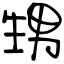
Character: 甥